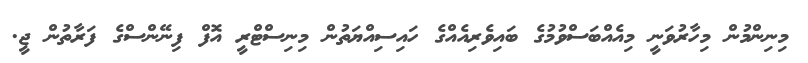
މިނިންމުން މިހާރުވަނީ މިއެއްބަސްވުމުގެ ބައިވެރިއެއްގެ ހައިސިއްޔަތުން މިނިސްޓްރީ އޮފް ފިނޭންސްގެ ފަރާތުން ޖީ.